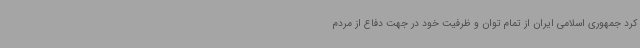
کرد جمهوری اسلامی ایران از تمام توان و ظرفیت خود در جهت دفاع از مردم